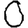
Digit: 0